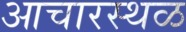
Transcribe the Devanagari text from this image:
आचारस्थळ